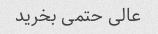
عالی حتمی بخرید